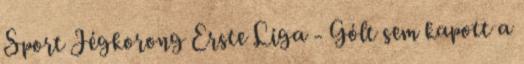
Sport Jégkorong Erste Liga - Gólt sem kapott a